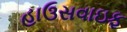
હાઉસવાઇફ